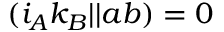
( i _ { A } k _ { B } | | a b ) = 0